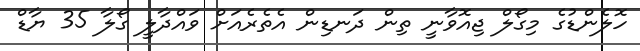
ހޮލެންޑުގެ މިގޯލް ޖިއޮވާނީ ތިން ދަނޑިން އެތެރެއަށް ވައްދާލީ ގޯލާ 35 ޔާޑް